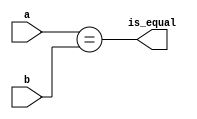
module Equal (
    a,
    b,
    is_equal
);

  parameter word_len = 32;

  input [word_len - 1:0] a, b;
  output is_equal;

  assign is_equal = a == b;
endmodule